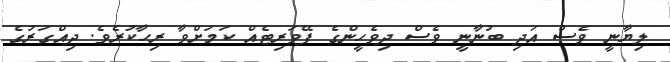
ލިޔާނީ ވެސް އަދި ބުނާނީ ވެސް ދިވެހީންގެ ފޭވަރިޓެއް ކަމަށްވާ ރިހާކުރެވެ. ދިއްގަރުގެ